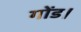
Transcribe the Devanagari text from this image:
गोंड।